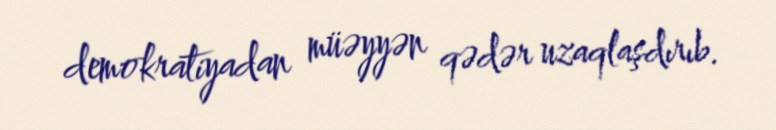
demokratiyadan müəyyən qədər uzaqlaşdırıb.